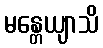
မန္တေယျာသိ